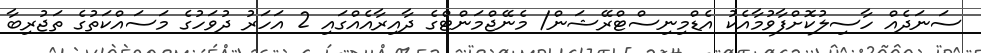
ސަނަދެއް ހާސިލުކޮށްފާވުމާއެކު އެޑްމިނިސްޓްރޭޝަން/ މެނޭޖްމަންޓްގެ ދާއިރާއެއްގައި 2 އަހަރު ދުވަހުގެ މަސައްކަތުގެ ތަޖުރިބާ